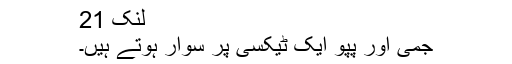
لنک 21
جمی اور پپو ایک ٹیکسی پر سوار ہوتے ہیں۔